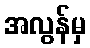
အလွန်မှ